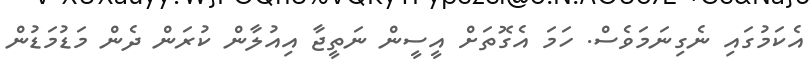
އެކަމުގައި ނެގިނަމަވެސް. ހަމަ އެގޮތަށް އީސީން ނަތީޖާ އިއުލާން ކުރަން ދެން މަޑުމަޑުން